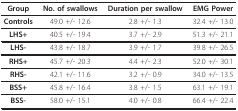
| Group | No. of swallows | Duration per swallow | EMG Power |
 | --- | --- | --- | --- |
 | Controls | 49.0 +/- 12.6 | 2.8 +/- 1.3 | 32.4 +/- 13.0 |
 | LHS+ | 40.5 +/- 19.4 | 3.7 +/- 2.9 | 51.3 +/- 21.1 |
 | LHS- | 43.8 +/- 18.7 | 3.9 +/- 1.7 | 39.8 +/- 26.5 |
 | RHS+ | 45.7 +/- 20.3 | 4.4 +/- 2.3 | 52.0 +/- 30.1 |
 | RHS- | 42.1 +/- 11.6 | 3.2 +/- 0.9 | 34.0 +/- 13.5 |
 | BSS+ | 45.8 +/- 16.4 | 3.8 +/- 1.5 | 63.1 +/- 19.1 |
 | BSS- | 58.0 +/- 15.1 | 4.0 +/- 0.8 | 66.4 +/- 22.4 |